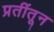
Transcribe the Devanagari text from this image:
प्रतींतून